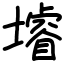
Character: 龼